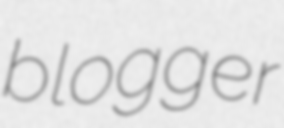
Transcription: blogger